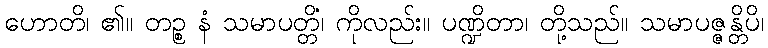
ဟောတိ၊ ၏။ တဉ္စ နံ သမာပတ္တိံ၊ ကိုလည်း။ ပဏ္ဍိတာ၊ တို့သည်။ သမာပဇ္ဇန္တိပိ၊